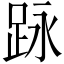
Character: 𮛕